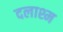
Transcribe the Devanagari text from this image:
दलाश्म